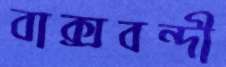
বাক্সবন্দী